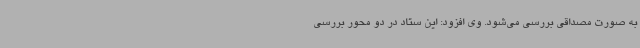
به صورت مصداقی بررسی می‌شود. وی افزود: این ستاد در دو محور بررسی